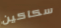
سكاكين